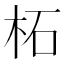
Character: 柘